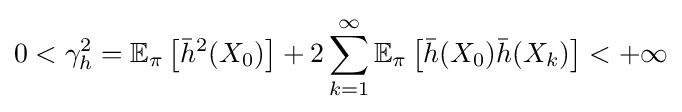
0<\gamma _{h}^{2}=\mathbb {E} _{\pi }\left[{\bar {h}}^{2}(X_{0})\right]+2\sum _{k=1}^{\infty }\mathbb {E} _{\pi }\left[{\bar {h}}(X_{0}){\bar {h}}(X_{k})\right]<+\infty